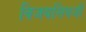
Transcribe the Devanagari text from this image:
बिजयसिंघजी